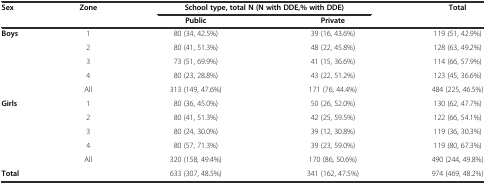
<table><thead><tr><td><b>Sex</b></td><td><b>Zone</b></td><td colspan="2"><b>School type, total N (N with DDE,% with DDE)</b></td><td><b>Total</b></td></tr><tr><td></td><td></td><td><b>Public</b></td><td><b>Private</b></td><td></td></tr></thead><tbody><tr><td rowspan="5"><b>Boys</b></td><td>1</td><td>80 (34, 42.5%)</td><td>39 (16, 43.6%)</td><td>119 (51, 42.9%)</td></tr><tr><td>2</td><td>80 (41, 51.3%)</td><td>48 (22, 45.8%)</td><td>128 (63, 49.2%)</td></tr><tr><td>3</td><td>73 (51, 69.9%)</td><td>41 (15, 36.6%)</td><td>114 (66, 57.9%)</td></tr><tr><td>4</td><td>80 (23, 28.8%)</td><td>43 (22, 51.2%)</td><td>123 (45, 36.6%)</td></tr><tr><td>All</td><td>313 (149, 47.6%)</td><td>171 (76, 44.4%)</td><td>484 (225, 46.5%)</td></tr><tr><td rowspan="5"><b>Girls</b></td><td>1</td><td>80 (36, 45.0%)</td><td>50 (26, 52.0%)</td><td>130 (62, 47.7%)</td></tr><tr><td>2</td><td>80 (41, 51.3%)</td><td>42 (25, 59.5%)</td><td>122 (66, 54.1%)</td></tr><tr><td>3</td><td>80 (24, 30.0%)</td><td>39 (12, 30.8%)</td><td>119 (36, 30.3%)</td></tr><tr><td>4</td><td>80 (57, 71.3%)</td><td>39 (23, 59.0%)</td><td>119 (80, 67.3%)</td></tr><tr><td>All</td><td>320 (158, 49.4%)</td><td>170 (86, 50.6%)</td><td>490 (244, 49.8%)</td></tr><tr><td><b>Total</b></td><td></td><td>633 (307, 48.5%)</td><td>341 (162, 47.5%)</td><td>974 (469, 48.2%)</td></tr></tbody></table>